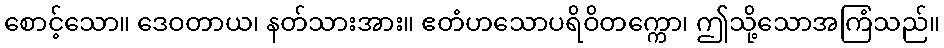
စောင့်သော။ ဒေဝတာယ၊ နတ်သားအား။ ဧတံဟသောပရိဝိတက္ကော၊ ဤသို့သောအကြံသည်။